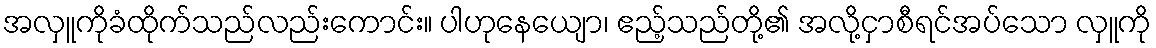
အလှူကိုခံထိုက်သည်လည်းကောင်း။ ပါဟုနေယျော၊ ဧည့်သည်တို့၏ အလို့ငှာစီရင်အပ်သော လှူကို